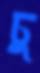
ঢু